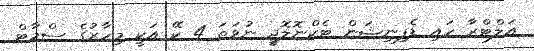
އަލްޓްރާ ހައި ޑެފިނިޝަން ޓެކްނޮލޮޖީ ނުވަތަ 4 ކޭ އަކީ މިހާރުގެ ސްމާޓް